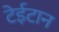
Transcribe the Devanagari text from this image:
टेईटान